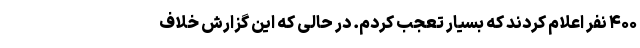
۴۰۰ نفر اعلام کردند که بسیار تعجب کردم. در حالی که این گزارش خلاف